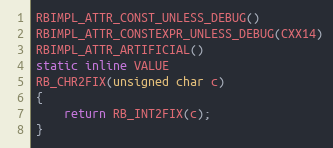
Language: C
RBIMPL_ATTR_CONST_UNLESS_DEBUG()
RBIMPL_ATTR_CONSTEXPR_UNLESS_DEBUG(CXX14)
RBIMPL_ATTR_ARTIFICIAL()
static inline VALUE
RB_CHR2FIX(unsigned char c)
{
    return RB_INT2FIX(c);
}